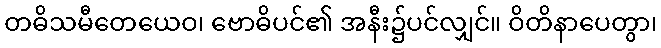
တဓိသမီတေယေဝ၊ ဗောဓိပင်၏ အနီး၌ပင်လျှင်။ ဝိတိနာပေတွာ၊